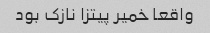
واقعا خمیر پیتزا نازک بود